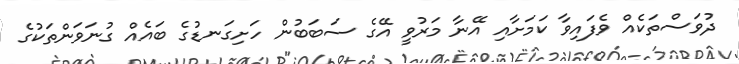
ދުވަސްތަކެއް ވެފައިވާ ކަމަށާއި އޭނާ މަރުވީ އޭގެ ސަބަބުން ހަށިގަނޑުގެ ބައެއް ގުނަވަންތަކުގެ